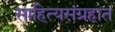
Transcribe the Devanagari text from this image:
साहित्यसंग्रहात